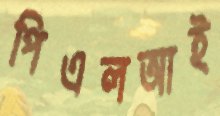
পিএলআই